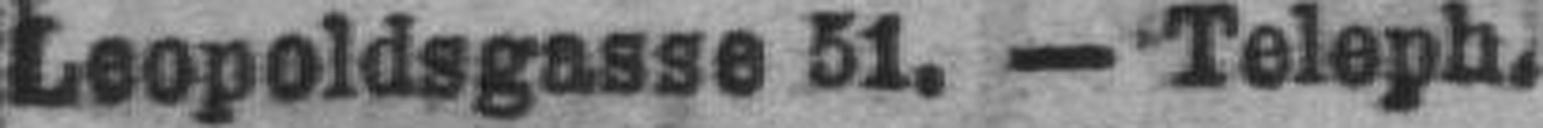
Leopoldsgasse 51. — Teleph.